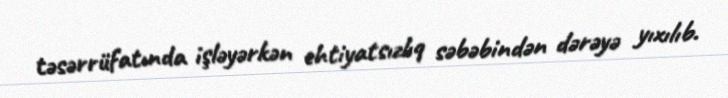
təsərrüfatında işləyərkən ehtiyatsızlıq səbəbindən dərəyə yıxılıb.